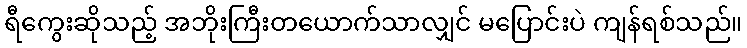
ရီကွေးဆိုသည့် အဘိုးကြီးတယောက်သာလျှင် မပြောင်းပဲ ကျန်ရစ်သည်။